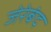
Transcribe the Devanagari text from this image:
जेरेबंद